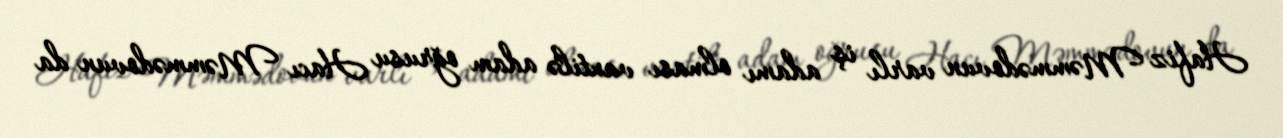
Hafiz Məmmədovun varlı iş adamı olması vaxtilə adam oğrusu Hacı Məmmədovun da